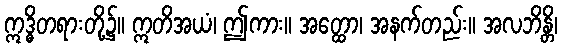
ဣဒ္ဓိတရားတို့၌။ ဣတိအယံ၊ ဤကား။ အတ္ထော၊ အနက်တည်း။ အလဘိန္တိ၊